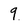
Character: 9